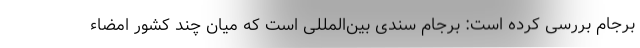
برجام بررسی کرده است: برجام سندی بین‌المللی است که میان چند کشور امضاء